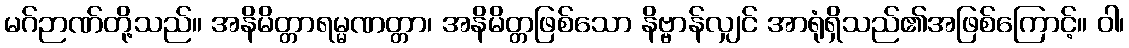
မဂ်ဉာဏ်တို့သည်။ အနိမိတ္တာရမ္မဏတ္တာ၊ အနိမိတ္တဖြစ်သော နိဗ္ဗာန်လျှင် အာရုံရှိသည်၏အဖြစ်ကြောင့်။ ဝါ၊